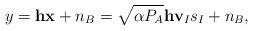
LaTeX: \begin{align*}y=\mathbf{h}\mathbf{x}+n_{B}=\sqrt{\alpha P_A} \mathbf{h}\mathbf{v}_{I}s_{I}+n_{B},\end{align*}